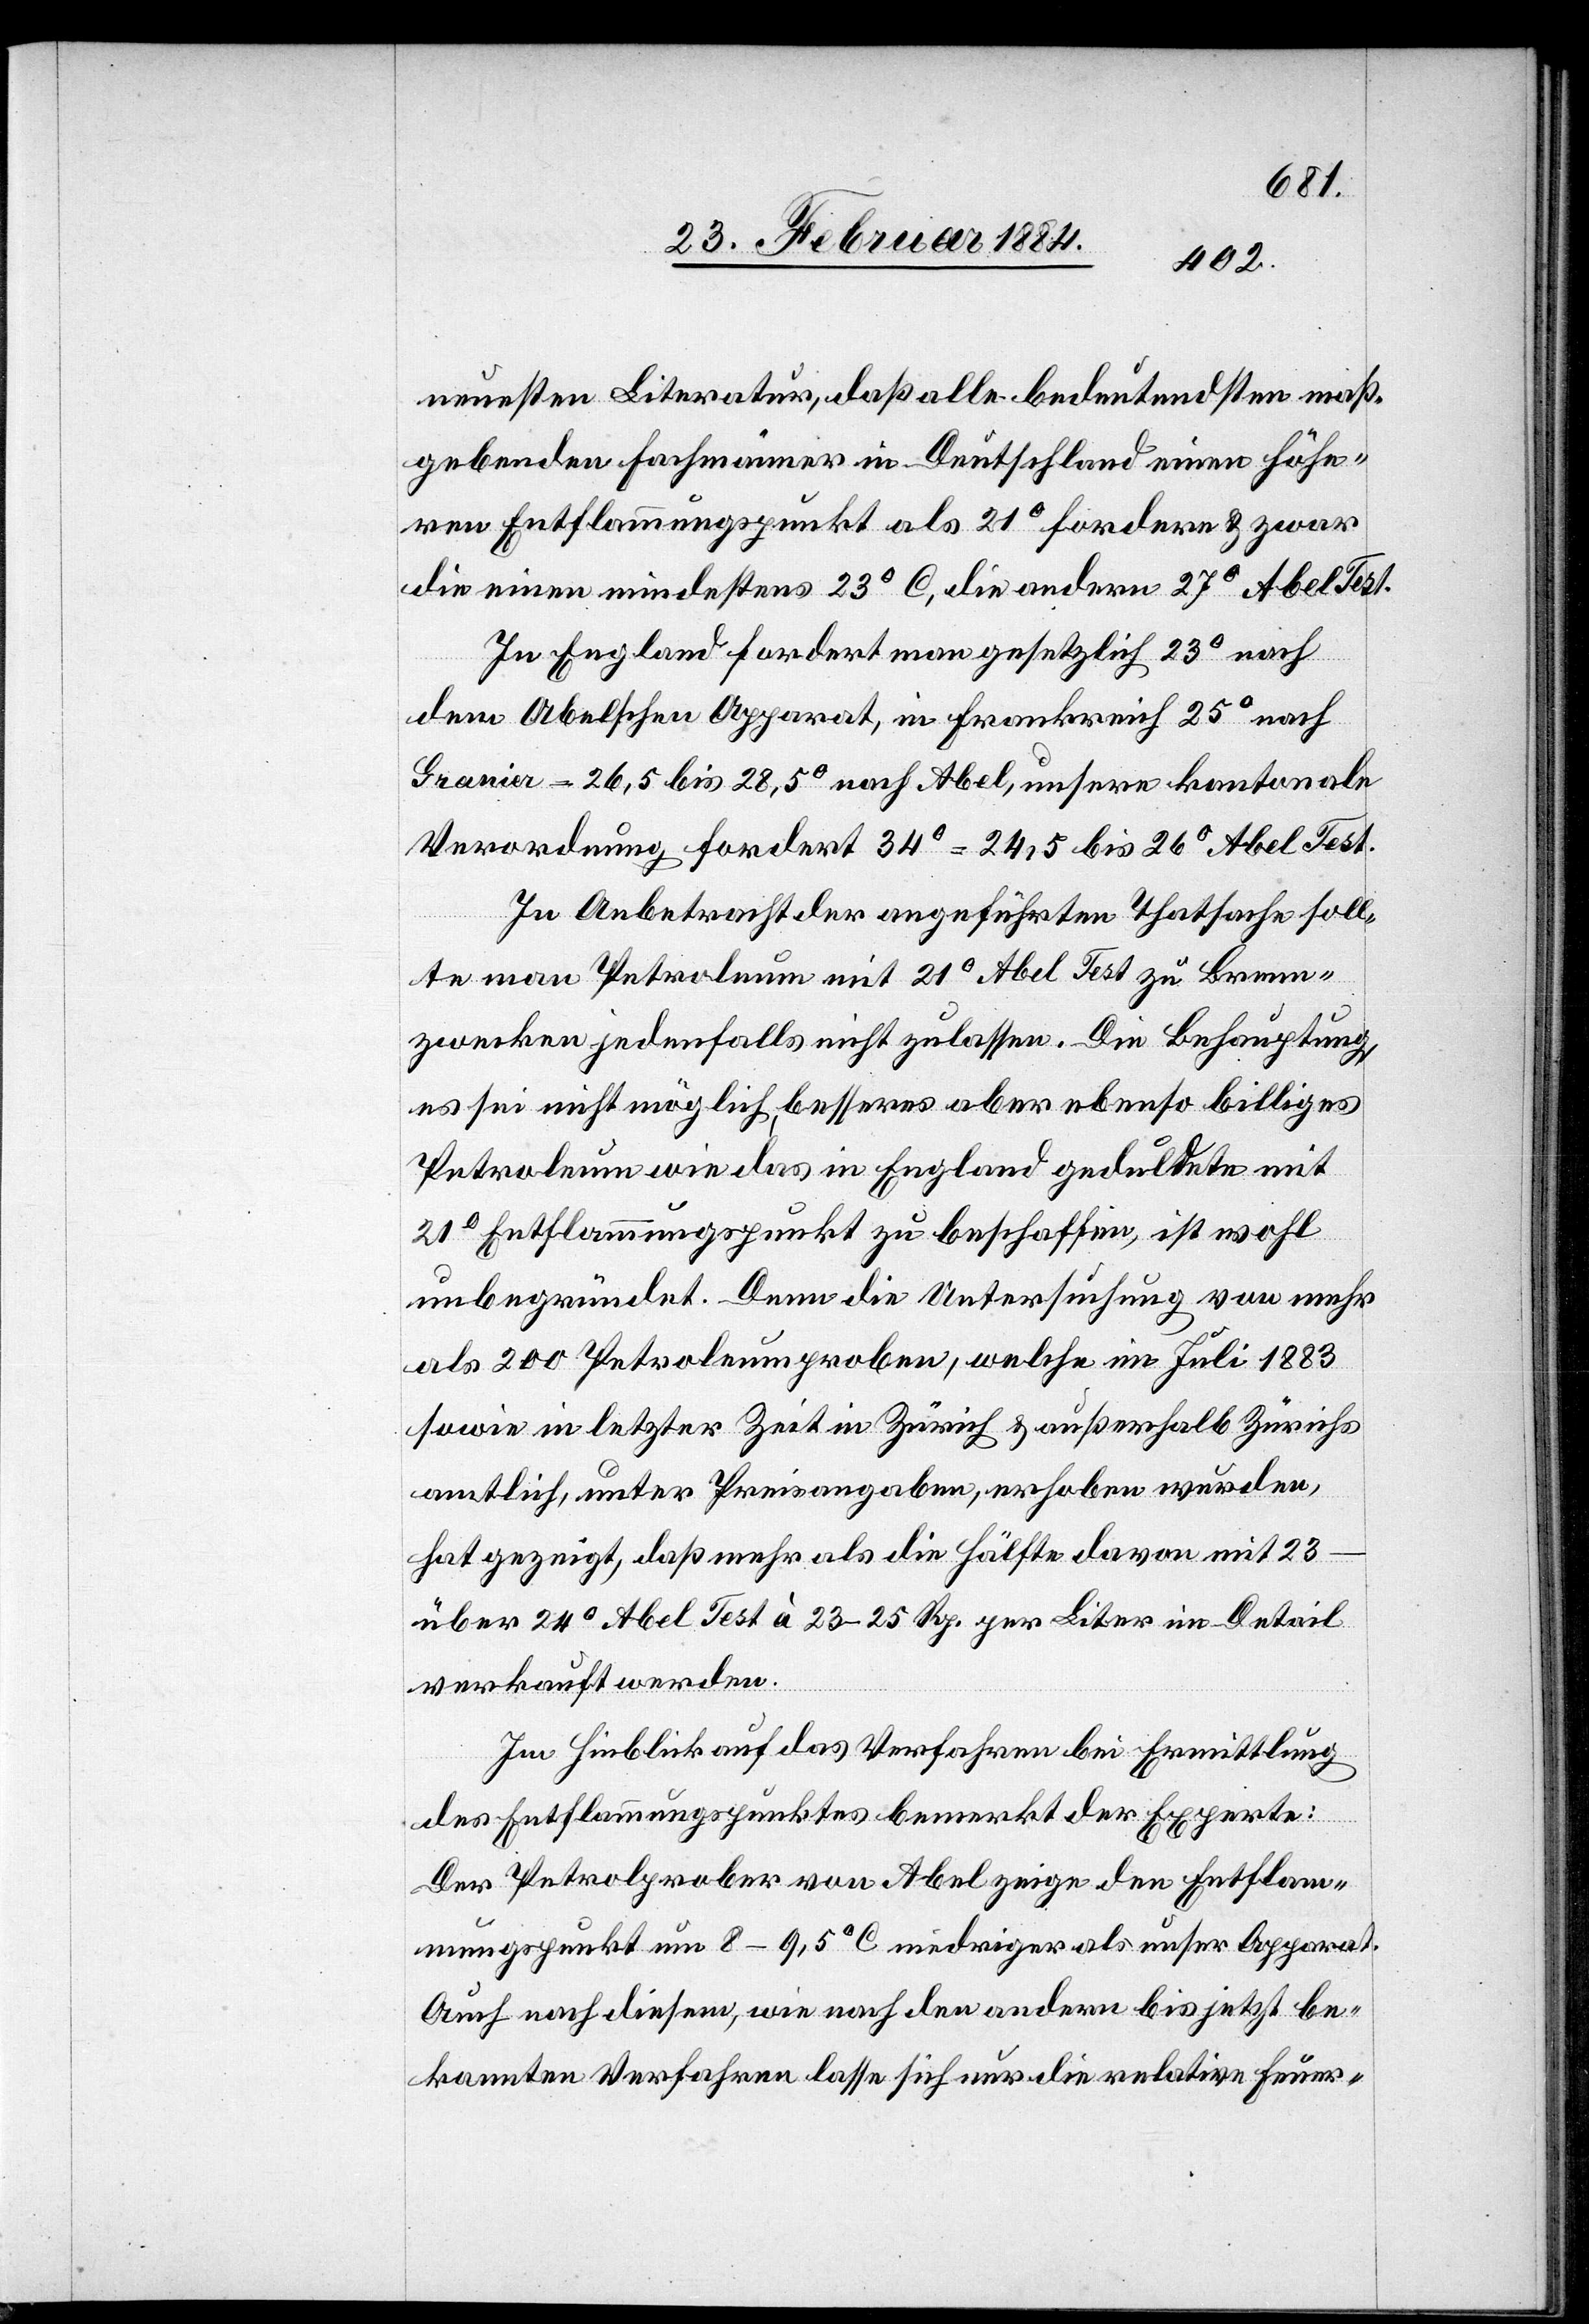
neuesten Literatur, daß alle bedeutendsten maß¬
gebenden Fachmänner in Deutschland einen höhe¬
rn Entflammungspunkt als 21° C fordern & zwar
die einen mindestens 23° C, die andern 27° C Abel Test.
In England fordert man gesetzlich 23° nach
dem Abelschen Apparat, in Frankreich 25° nach
Granier = 26,5 bis 28,5° nach Abel, unsere kantonale
Verordnung fordert 34° = 24,5 bis 26° Abel Test.
In Anbetracht der angeführten Thatsache soll¬
te man Petroleum mit 21° Abel Test zu Brenn¬
zwecken jedenfalls nicht zulassen. Die Behauptung,
es sei nicht möglich, besseres aber ebenso billiges
Petroleum wie das in England geduldete mit
21° Entflammungspunkt zu beschaffen, ist wohl
unbegründet. Denn die Untersuchungen von mehr
als 200 Petroleumproben, welche im Juli 1883
sowie in letzter Zeit in Zürich, & außerhalb Zürichs
amtlich, unter Preisangaben, erhoben wurden,
hat gezeigt, daß mehr als die Hälfte davon mit 23–
über 24° Abel Test à 23–25 Rp. per Liter im Detail
verkauft werden.
Im Hinblick auf das Verfahren bei Ermittlung
des Entflammungspunktes bemerkt der Experte:
Der Petrolprober von Abel zeige den Entflam¬
mungspunkt um 8–9,5° C niedriger als unser Apparat.
Auch nach diesem, wie nach den andern bis jetzt be¬
kannten Verfahren lasse sich nur die relative Feuer-